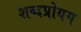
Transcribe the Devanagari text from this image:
शब्दप्रोयग